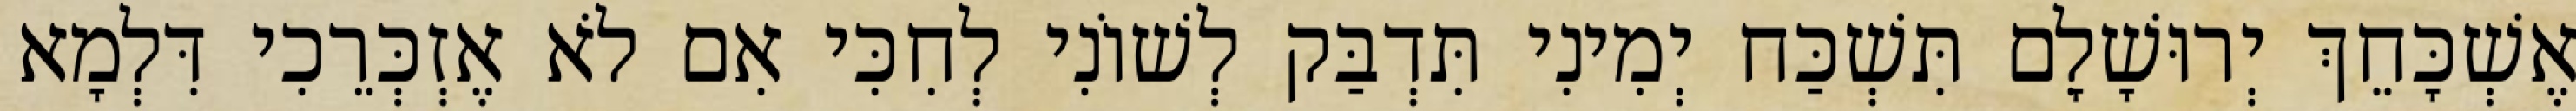
אֶשְׁכָּחֵךְ יְרוּשָׁלִָם תִּשְׁכַּח יְמִינִי תִּדְבַּק לְשׁוֹנִי לְחִכִּי אִם לֹא אֶזְכְּרֵכִי דִּלְמָא